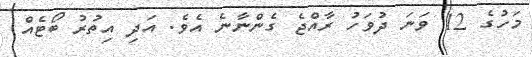
މަހުގެ 12 ވަނަ ދުވަހު ރާއްޖެ ގެންނާނެ އެވެ. އަދި އިތުރު ބޯޓެއް